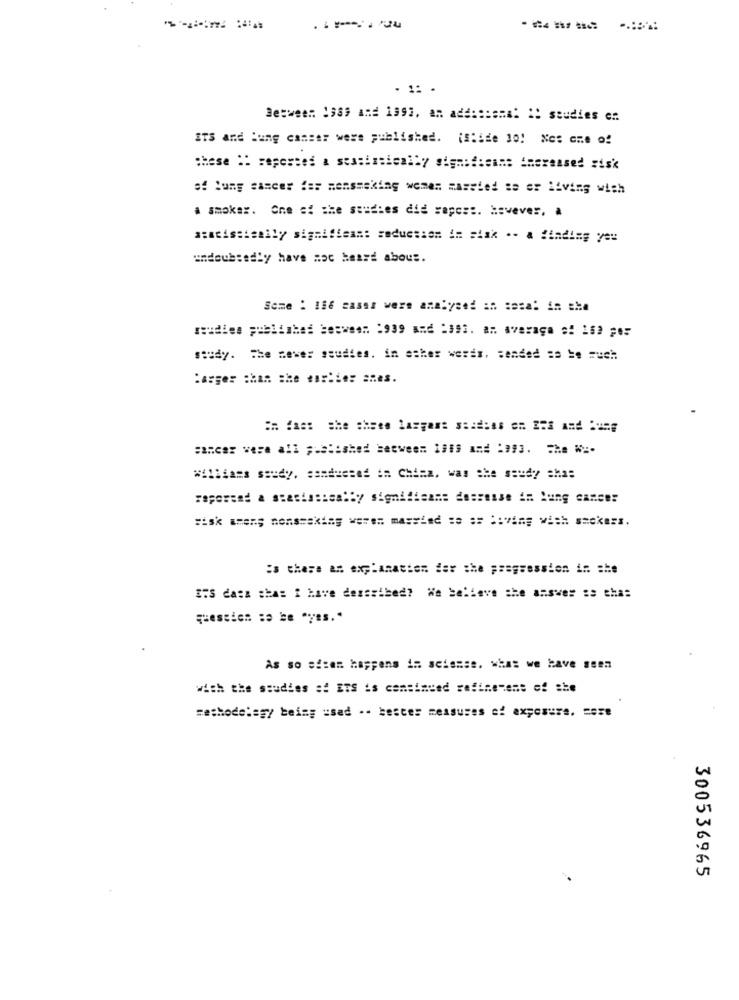
.----
---- -==
Between 1989 and 1993. an addictsma: 2: studies en
ITS and lung cancer were published. (Slide 10! Nes cie o!
these ": reported a statistically significant increased risk
s: lung cancer des mensmoking women married se er living wish
a smoker. One of the studies did sapos :. However, a
undoubtedly have moc heard about.
Some : 116 cases were analysed in tesa: in the
reudies published between :939 and :392. an average s! 162 #0:
soudy. The newer seudies. in other words, sended == = e much
:asger :han the **: die: shes.
Williams soudy. sandesses in China, was che seudy ahas
Fisk ====; nons=aktag ===== massind == == living with smokers.
:s there an explanation der the pragsession == = he
ITS dasa chas i have desseibed? We believe the answer :e chas
question so be "yes."
As so si:en happens in science. what we have seen
with the studies af ETS is continued refinetens of she
methodology being used -- bestes measures of exposure, cose
300536965